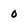
Character: 0